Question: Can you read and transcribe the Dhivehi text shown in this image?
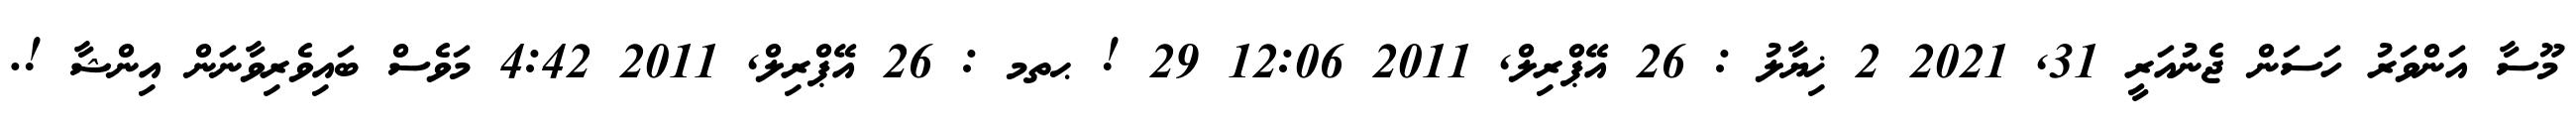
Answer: މޫސާ އަންވަރު ހަސަން ޖެނުއަރީ 31, 2021 2 ޚިޔާލު : 26 އޭޕްރިލް, 2011 12:06 29 ! ޙތމ : 26 އޭޕްރިލް, 2011 4:42 މަވެސް ބައިވެރިވާނަން އިންޝާ !.